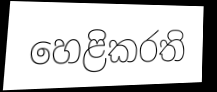
හෙළිකරති